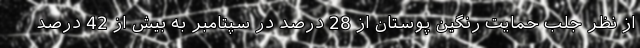
از نظر جلب حمایت رنگین پوستان از 28 درصد در سپتامبر به بیش از 42 درصد